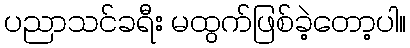
ပညာသင်ခရီး မထွက်ဖြစ်ခဲ့တော့ပါ။